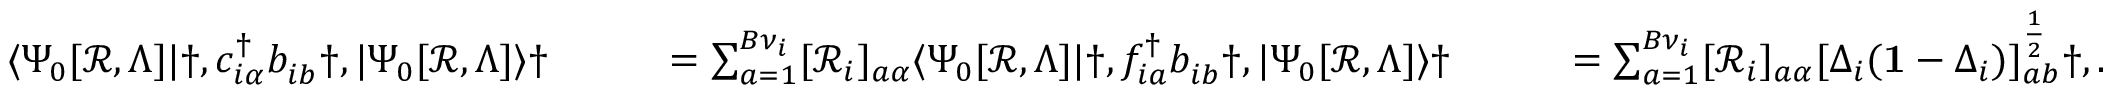
\begin{array} { r l r l } & { \langle \Psi _ { 0 } [ \mathcal { R } , \Lambda ] | \dag , c _ { i \alpha } ^ { \dagger } b _ { i b } ^ { \phantom { \dagger } } \dag , | \Psi _ { 0 } [ \mathcal { R } , \Lambda ] \rangle \dag } & { \qquad = \sum _ { a = 1 } ^ { B \nu _ { i } } [ \mathcal { R } _ { i } ] _ { a \alpha } \langle \Psi _ { 0 } [ \mathcal { R } , \Lambda ] | \dag , f _ { i a } ^ { \dagger } b _ { i b } ^ { \phantom { \dagger } } \dag , | \Psi _ { 0 } [ \mathcal { R } , \Lambda ] \rangle \dag } & { \qquad = \sum _ { a = 1 } ^ { B \nu _ { i } } [ \mathcal { R } _ { i } ] _ { a \alpha } [ \Delta _ { i } ( \mathbf { 1 } - \Delta _ { i } ) ] _ { a b } ^ { \frac { 1 } { 2 } } \dag , . } \end{array}